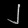
Digit: ၂